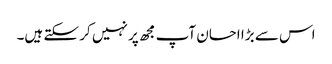
اس سے بڑا احسان آپ مجھ پر نہیں کر سکتے ہیں۔